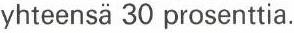
yhteensä 30 prosenttia.